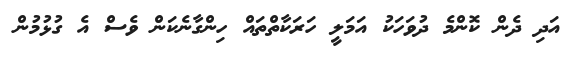
އަދި ދެން ކޮންމެ ދުވަހަކު އަމަލީ ހަރަކާތްތައް ހިންގާނެކަން ވެސް އެ ގުޅުމުން